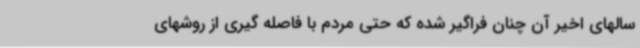
سالهای اخیر آن چنان فراگیر شده که حتی مردم با فاصله گیری از روشهای